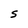
Character: S